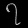
Digit: ၇